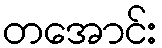
တအောင်း